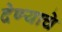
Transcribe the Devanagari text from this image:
देण्‍याचे